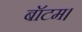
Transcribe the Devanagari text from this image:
बॉटम।